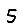
Digit: 5